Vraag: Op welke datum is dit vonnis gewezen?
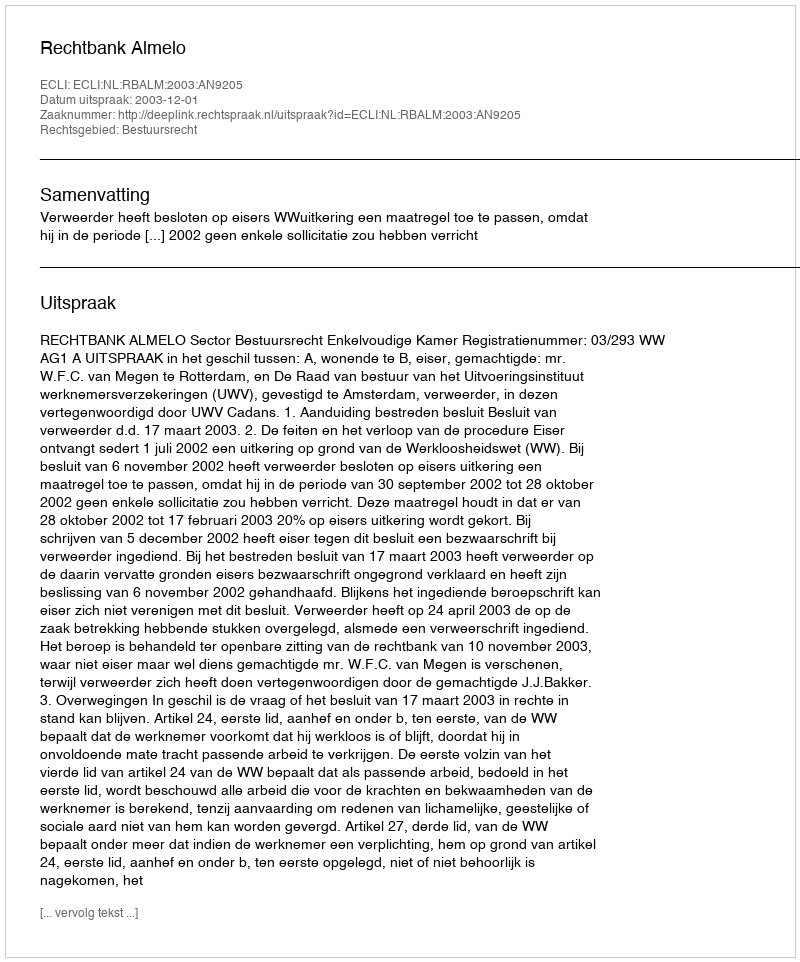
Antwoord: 2003-12-01